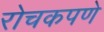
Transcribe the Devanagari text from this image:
रोचकपणे